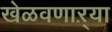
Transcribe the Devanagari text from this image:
खेळवणाऱ्या